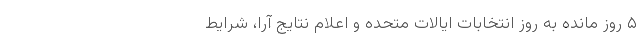
۵ روز مانده به روز انتخابات ایالات متحده و اعلام نتایج آرا، شرایط